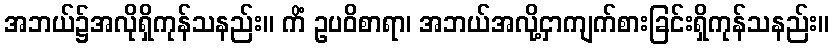
အဘယ်၌အလိုရှိကုန်သနည်း။ ကိံ ဥပဝိစာရာ၊ အဘယ်အလို့ငှာကျက်စားခြင်းရှိကုန်သနည်း။